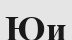
Юи